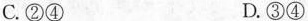
C.②④ D.③④